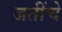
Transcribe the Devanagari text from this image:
जतींचे